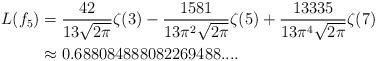
LaTeX: \begin{align*} L(f_5) &= \frac{42}{13\sqrt{2\pi}}\zeta(3) - \frac{1581}{13 \pi^2 \sqrt{2\pi}}\zeta(5) + \frac{13335}{13 \pi^4 \sqrt{2\pi}}\zeta(7) \\ &\approx 0.688084888082269488.... \end{align*}